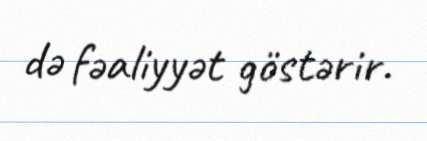
də fəaliyyət göstərir.